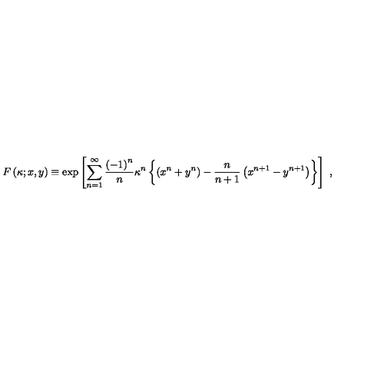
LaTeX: F \left( \kappa ; x , y \right) \equiv \exp \left[ \sum _ { n = 1 } ^ { \infty } { \frac { \left( - 1 \right) ^ { n } } { n } } \kappa ^ { n } \left\{ \left( x ^ { n } + y ^ { n } \right) - { \frac { n } { n + 1 } } \left( x ^ { n + 1 } - y ^ { n + 1 } \right) \right\} \right] \ ,